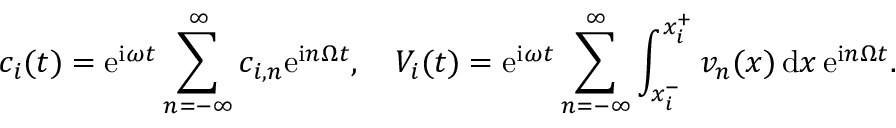
c _ { i } ( t ) = \mathrm { e } ^ { \mathrm { i } \omega t } \sum _ { n = - \infty } ^ { \infty } c _ { i , n } \mathrm { e } ^ { \mathrm { i } n \Omega t } , \quad V _ { i } ( t ) = \mathrm { e } ^ { \mathrm { i } \omega t } \sum _ { n = - \infty } ^ { \infty } \int _ { x _ { i } ^ { - } } ^ { x _ { i } ^ { + } } v _ { n } ( x ) \, \mathrm { d } x \, \mathrm { e } ^ { \mathrm { i } n \Omega t } .